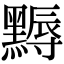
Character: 𪑾